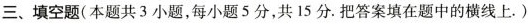
三、填空题(本题共3小题，每小题5分，共15分.把答案填在题中的横线上.)